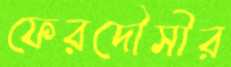
ফেরদৌসীর